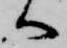
へ